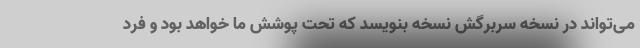
می‌تواند در نسخه سربرگش نسخه بنویسد که تحت پوشش ما خواهد بود و فرد